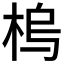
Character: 𱣠